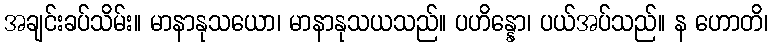
အချင်းခပ်သိမ်း။ မာနာနုသယော၊ မာနာနုသယသည်။ ပဟိန္နော၊ ပယ်အပ်သည်။ န ဟောတိ၊